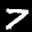
Label: 7